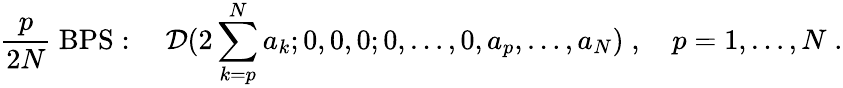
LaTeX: {\frac{p}{2N}}\mathrm{~BPS}:\quad{\cal D}(2\sum_{k=p}^{N}a_{k};0,0,0;0,\ldots,0,a_{p},\ldots,a_{N})\; ,\quad p=1,\ldots,N\; .